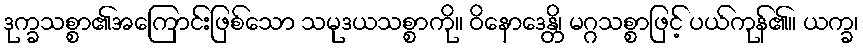
ဒုက္ခသစ္စာ၏အကြောင်းဖြစ်သော သမုဒယသစ္စာကို။ ဝိနောဒေန္တိ၊ မဂ္ဂသစ္စာဖြင့် ပယ်ကုန်၏။ ယက္ခ၊